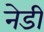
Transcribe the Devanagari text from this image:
नेडी